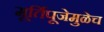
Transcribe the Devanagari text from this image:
मूर्तिपूजेमुळेच